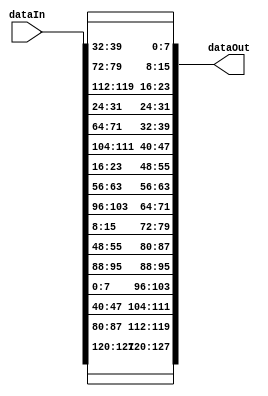
module ShiftRows (
  input  [127:0] dataIn,
    output [127:0] dataOut
	);
	


//Shift Rows

//first column
assign dataOut[127:120] = dataIn[127:120];
assign dataOut[119:112] = dataIn[87:80];
assign dataOut[111:104] = dataIn[47:40];
assign dataOut[103:96] = dataIn[7:0];

//second column

assign 	dataOut[95:88] = dataIn[95:88];
assign  dataOut[87:80] = dataIn[55:48];
assign  dataOut[79:72] = dataIn[15:8];
assign  dataOut[71:64] = dataIn[103:96];

//third column
assign dataOut[63:56] = dataIn[63:56];
assign dataOut[55:48] = dataIn[23:16];
assign dataOut[47:40] = dataIn[111:104];
assign dataOut[39:32] = dataIn[71:64];

	//forth column 
assign dataOut[31:24] = dataIn[31:24];
assign dataOut[23:16] = dataIn[119:112];
assign dataOut[15:8] = dataIn[79:72];
assign dataOut[7:0] = dataIn[39:32];


    
endmodule